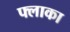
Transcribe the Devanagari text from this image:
फ्लाका